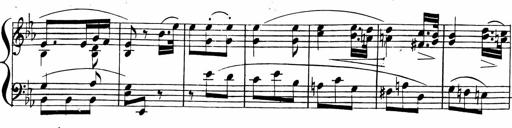
Title: 2 Piano Sonatinas
Composer: Ferdinand Ries